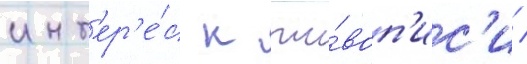
инт'ер'е́с к жи́воп'ис'и /